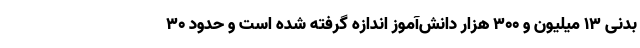
بدنی 13 میلیون و 300 هزار دانش‌آموز اندازه گرفته شده است و حدود 30